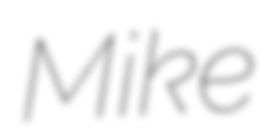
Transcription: Mike